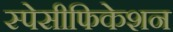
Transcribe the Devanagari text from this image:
स्पेसीफिकेशन